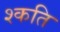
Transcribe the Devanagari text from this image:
श्कति